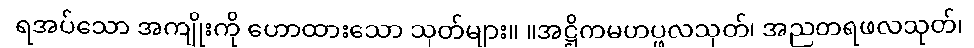
ရအပ်သော အကျိုးကို ဟောထားသော သုတ်များ။ ။အဋ္ဌိကမဟပ္ဖလသုတ်၊ အညတရဖလသုတ်၊